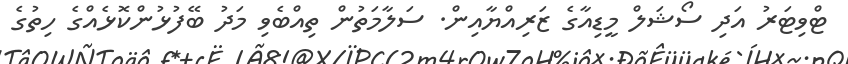
ޓްވިޓަރު އަދި ސޯޝަލް މީޑިއާގެ ޒަރިއްޔާއިން. ސަލާމަތުން ތިއްބެވި މަދު ބޭފުޅުންކޮޅެއްގެ ހިތުގެ